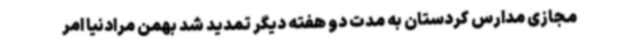
مجازی مدارس کردستان به مدت دو هفته دیگر تمدید شد بهمن مرادنیا امر